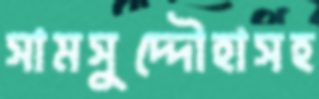
সামসুদ্দৌহাসহ